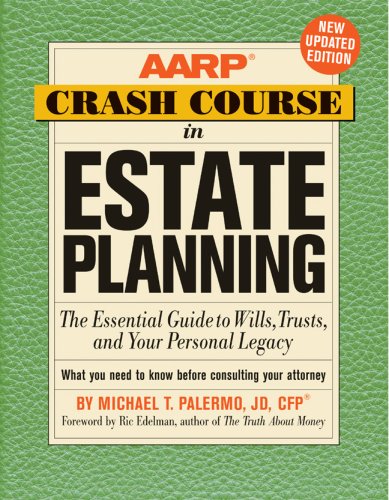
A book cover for AARP Crash Course in Estate Planning, Updated Edition: The Essential Guide to Wills, Trusts, and Your Personal Legacy; Michael T. Palermo; Law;